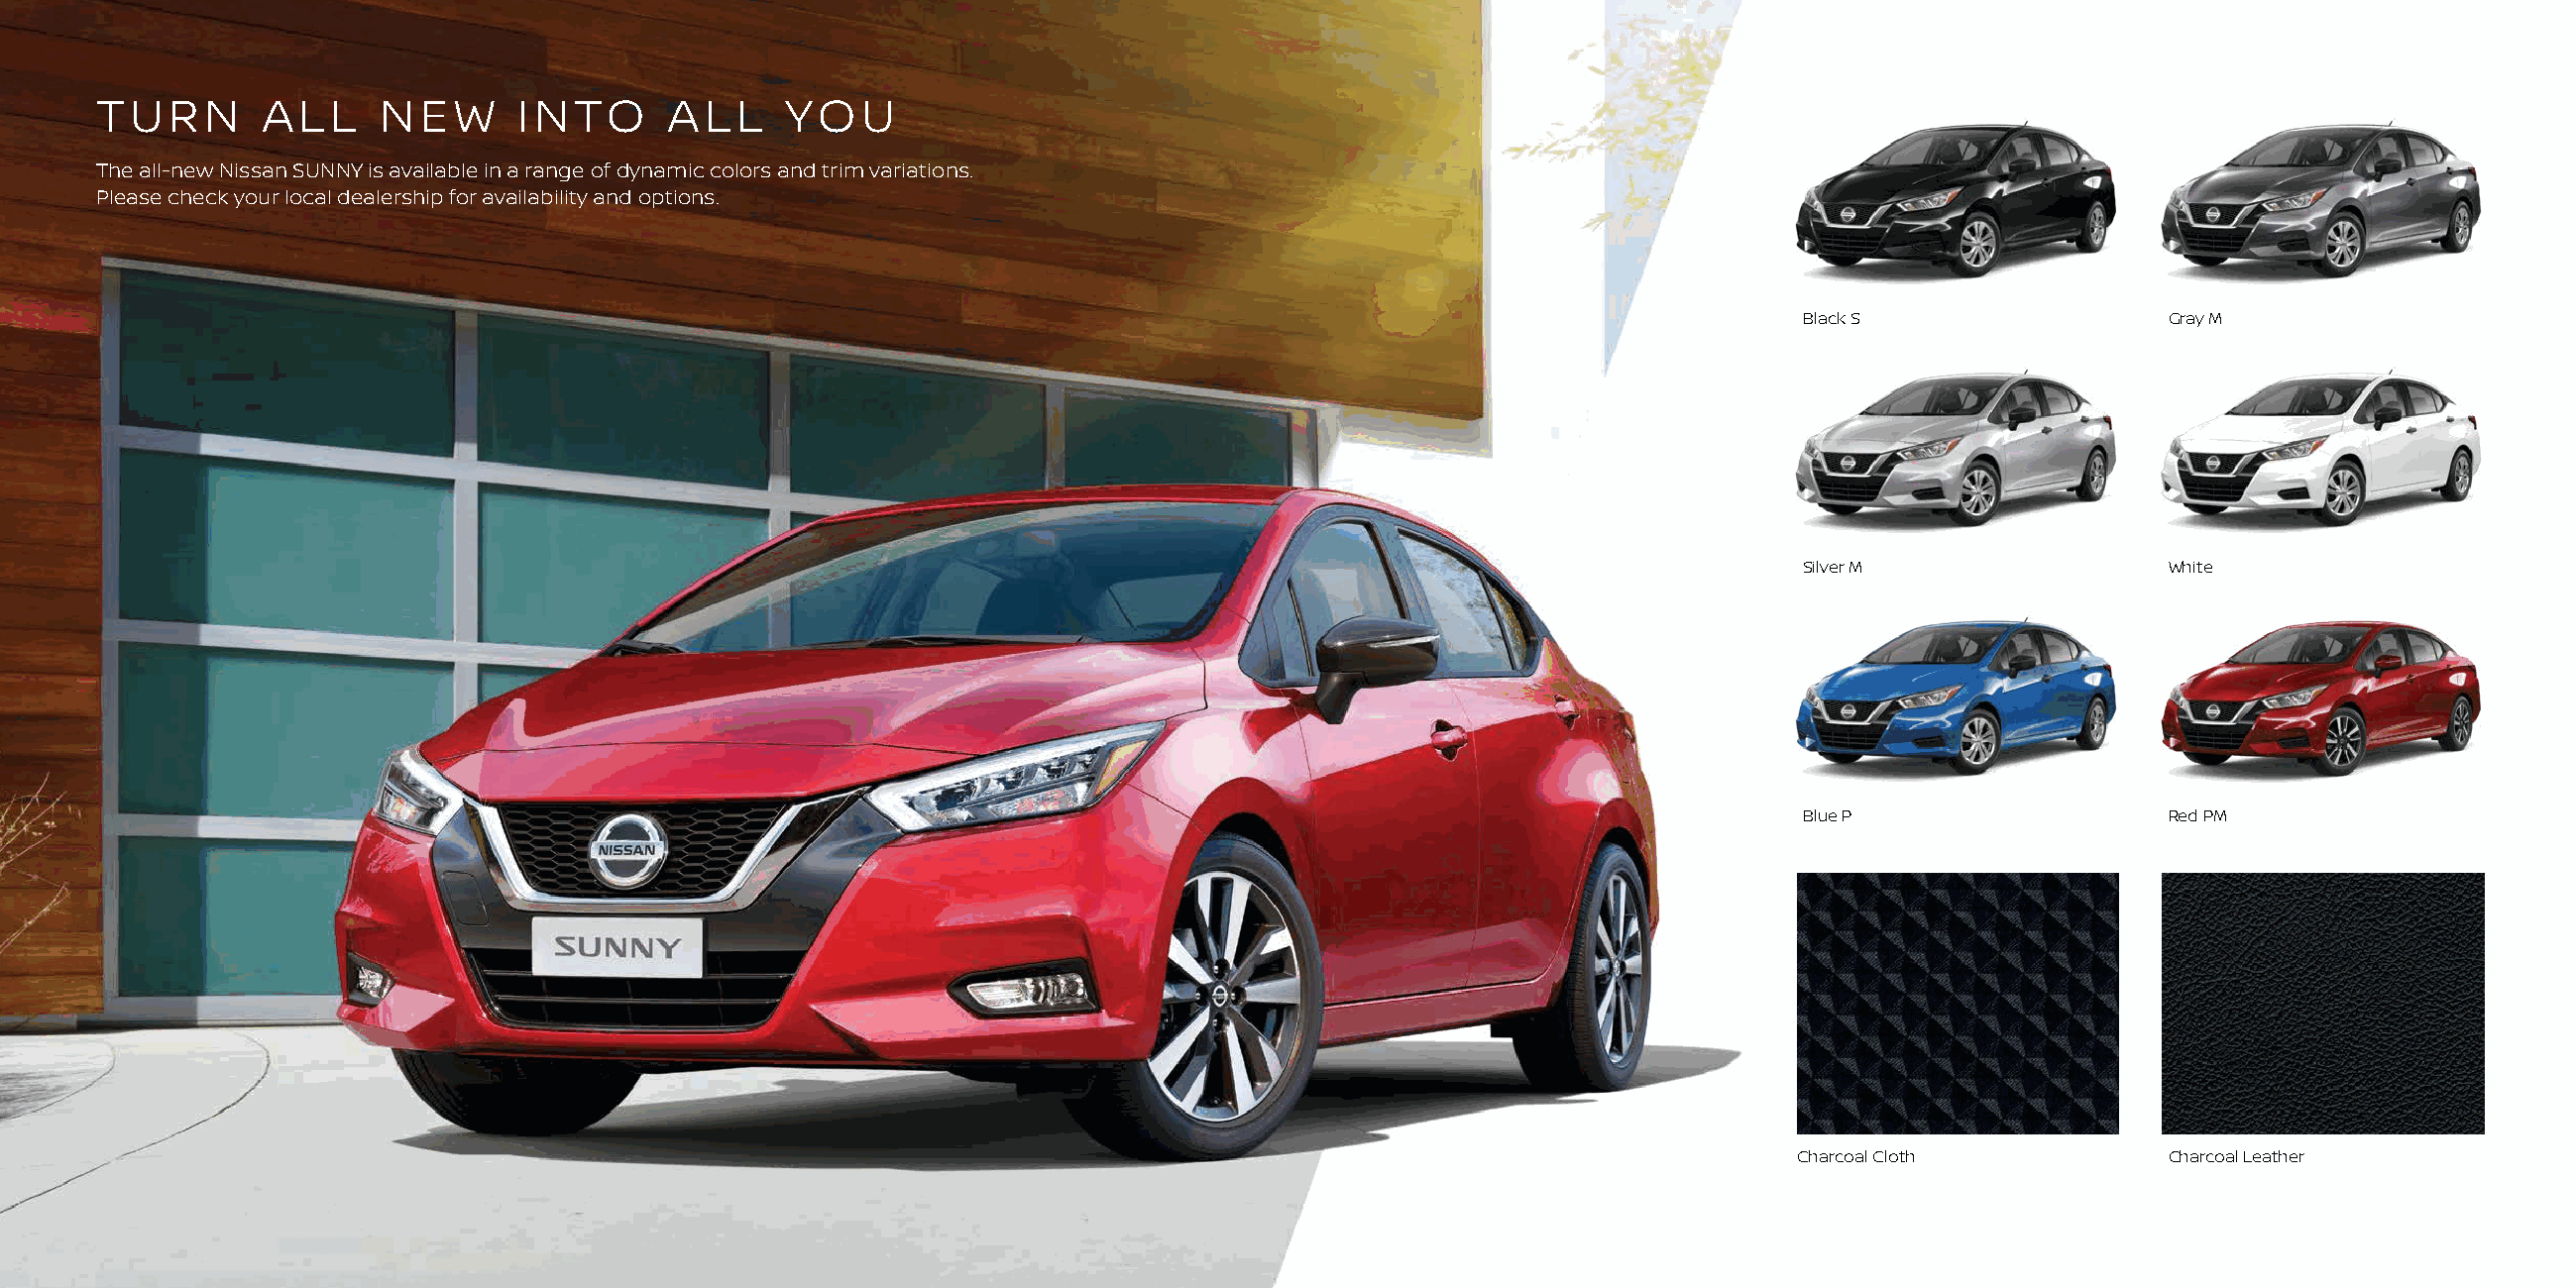
TURN        ALL    NEW       INTO      ALL    YOU
 The all-new Nissan SUNNY is available in a range of dynamic colors and trim variations.
 Please check your local dealership for availability and options.
 Black S                  Gray M
 Silver M                 White
 Blue P                   Red PM
 Charcoal Cloth           Charcoal Leather